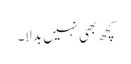
کچھ بھی نہیں بدلا۔